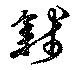
銭